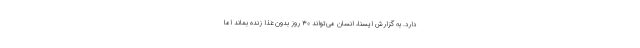
دارد. به گزارش ایسنا، انسان می‌تواند ۳۰ روز بدون غذا زنده بماند اما